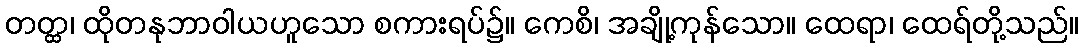
တတ္ထ၊ ထိုတနုဘာဝါယဟူသော စကားရပ်၌။ ကေစိ၊ အချို့ကုန်သော။ ထေရာ၊ ထေရ်တို့သည်။